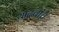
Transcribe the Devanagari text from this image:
यादवीचे